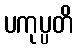
ပကုပ္ပတိ